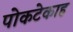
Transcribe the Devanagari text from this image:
पोकटेकाह